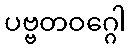
ပဗ္ဗတဝဂ္ဂေါ